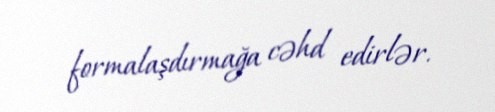
formalaşdırmağa cəhd edirlər.